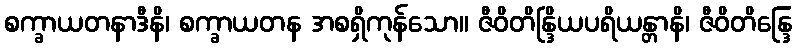
စက္ခာယတနာဒီနိ၊ စက္ခာယတန အစရှိကုန်သော။ ဇီဝိတိန္ဒြိယပရိယန္တာနိ၊ ဇီဝိတိန္ဒြေ